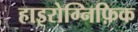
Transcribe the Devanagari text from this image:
हाइरोग्निफ़िक